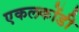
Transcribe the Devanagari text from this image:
एकलकोंडी